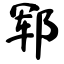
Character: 郓